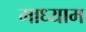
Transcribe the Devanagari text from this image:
माध्याम